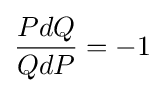
{\frac {PdQ}{QdP}}=-1